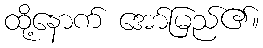
ထို့နောက် အော်မြည်၏။